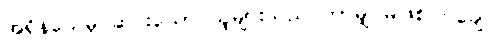
အရှိန်သေမှ ဆင်းသော သူများသည် ဘာမျှ မဖြစ်ကြချေ။